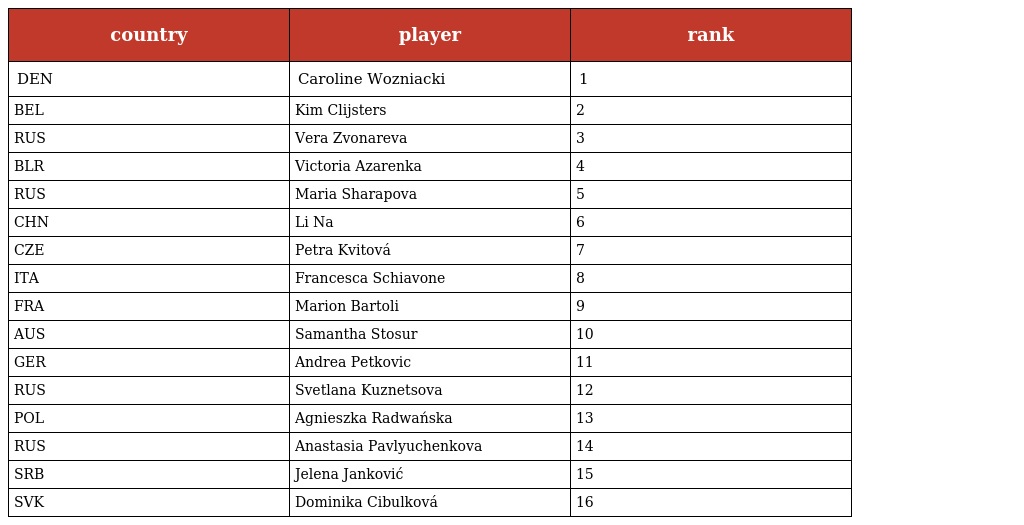
| country | player | rank |
 | --- | --- | --- |
 | DEN | Caroline Wozniacki | 1 |
 | BEL | Kim Clijsters | 2 |
 | RUS | Vera Zvonareva | 3 |
 | BLR | Victoria Azarenka | 4 |
 | RUS | Maria Sharapova | 5 |
 | CHN | Li Na | 6 |
 | CZE | Petra Kvitová | 7 |
 | ITA | Francesca Schiavone | 8 |
 | FRA | Marion Bartoli | 9 |
 | AUS | Samantha Stosur | 10 |
 | GER | Andrea Petkovic | 11 |
 | RUS | Svetlana Kuznetsova | 12 |
 | POL | Agnieszka Radwańska | 13 |
 | RUS | Anastasia Pavlyuchenkova | 14 |
 | SRB | Jelena Janković | 15 |
 | SVK | Dominika Cibulková | 16 |